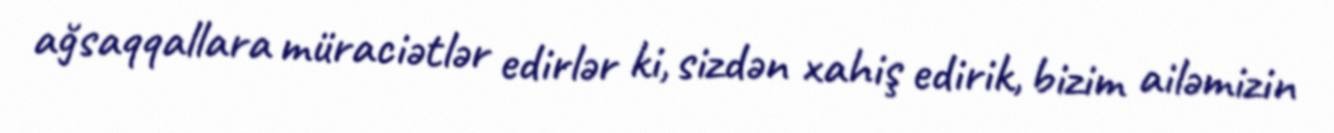
ağsaqqallara müraciətlər edirlər ki, sizdən xahiş edirik, bizim ailəmizin